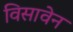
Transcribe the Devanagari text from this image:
विसावेन